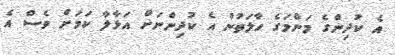
އެ ކުދިންގެ މަންމަގެ ހާލަތުން އެ ކުދިންނަށް އަޅާލާ ކަމަށް ވެސް އެ